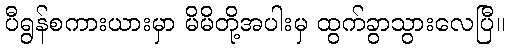
ပီရွန်စကားယားမှာ မိမိတို့အပါးမှ ထွက်ခွာသွားလေပြီ။